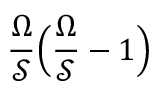
\frac { \Omega } { \mathcal { S } } \Big ( \frac { \Omega } { \mathcal { S } } - 1 \Big )